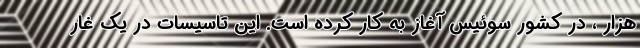
هزار ، در کشور سوئیس آغاز به کار کرده است. این تاسیسات در یک غار